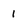
Character: 1